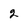
Character: 2